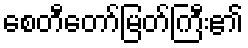
စေတီတော်မြတ်ကြီး၏